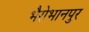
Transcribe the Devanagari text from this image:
भैरोभानपुर